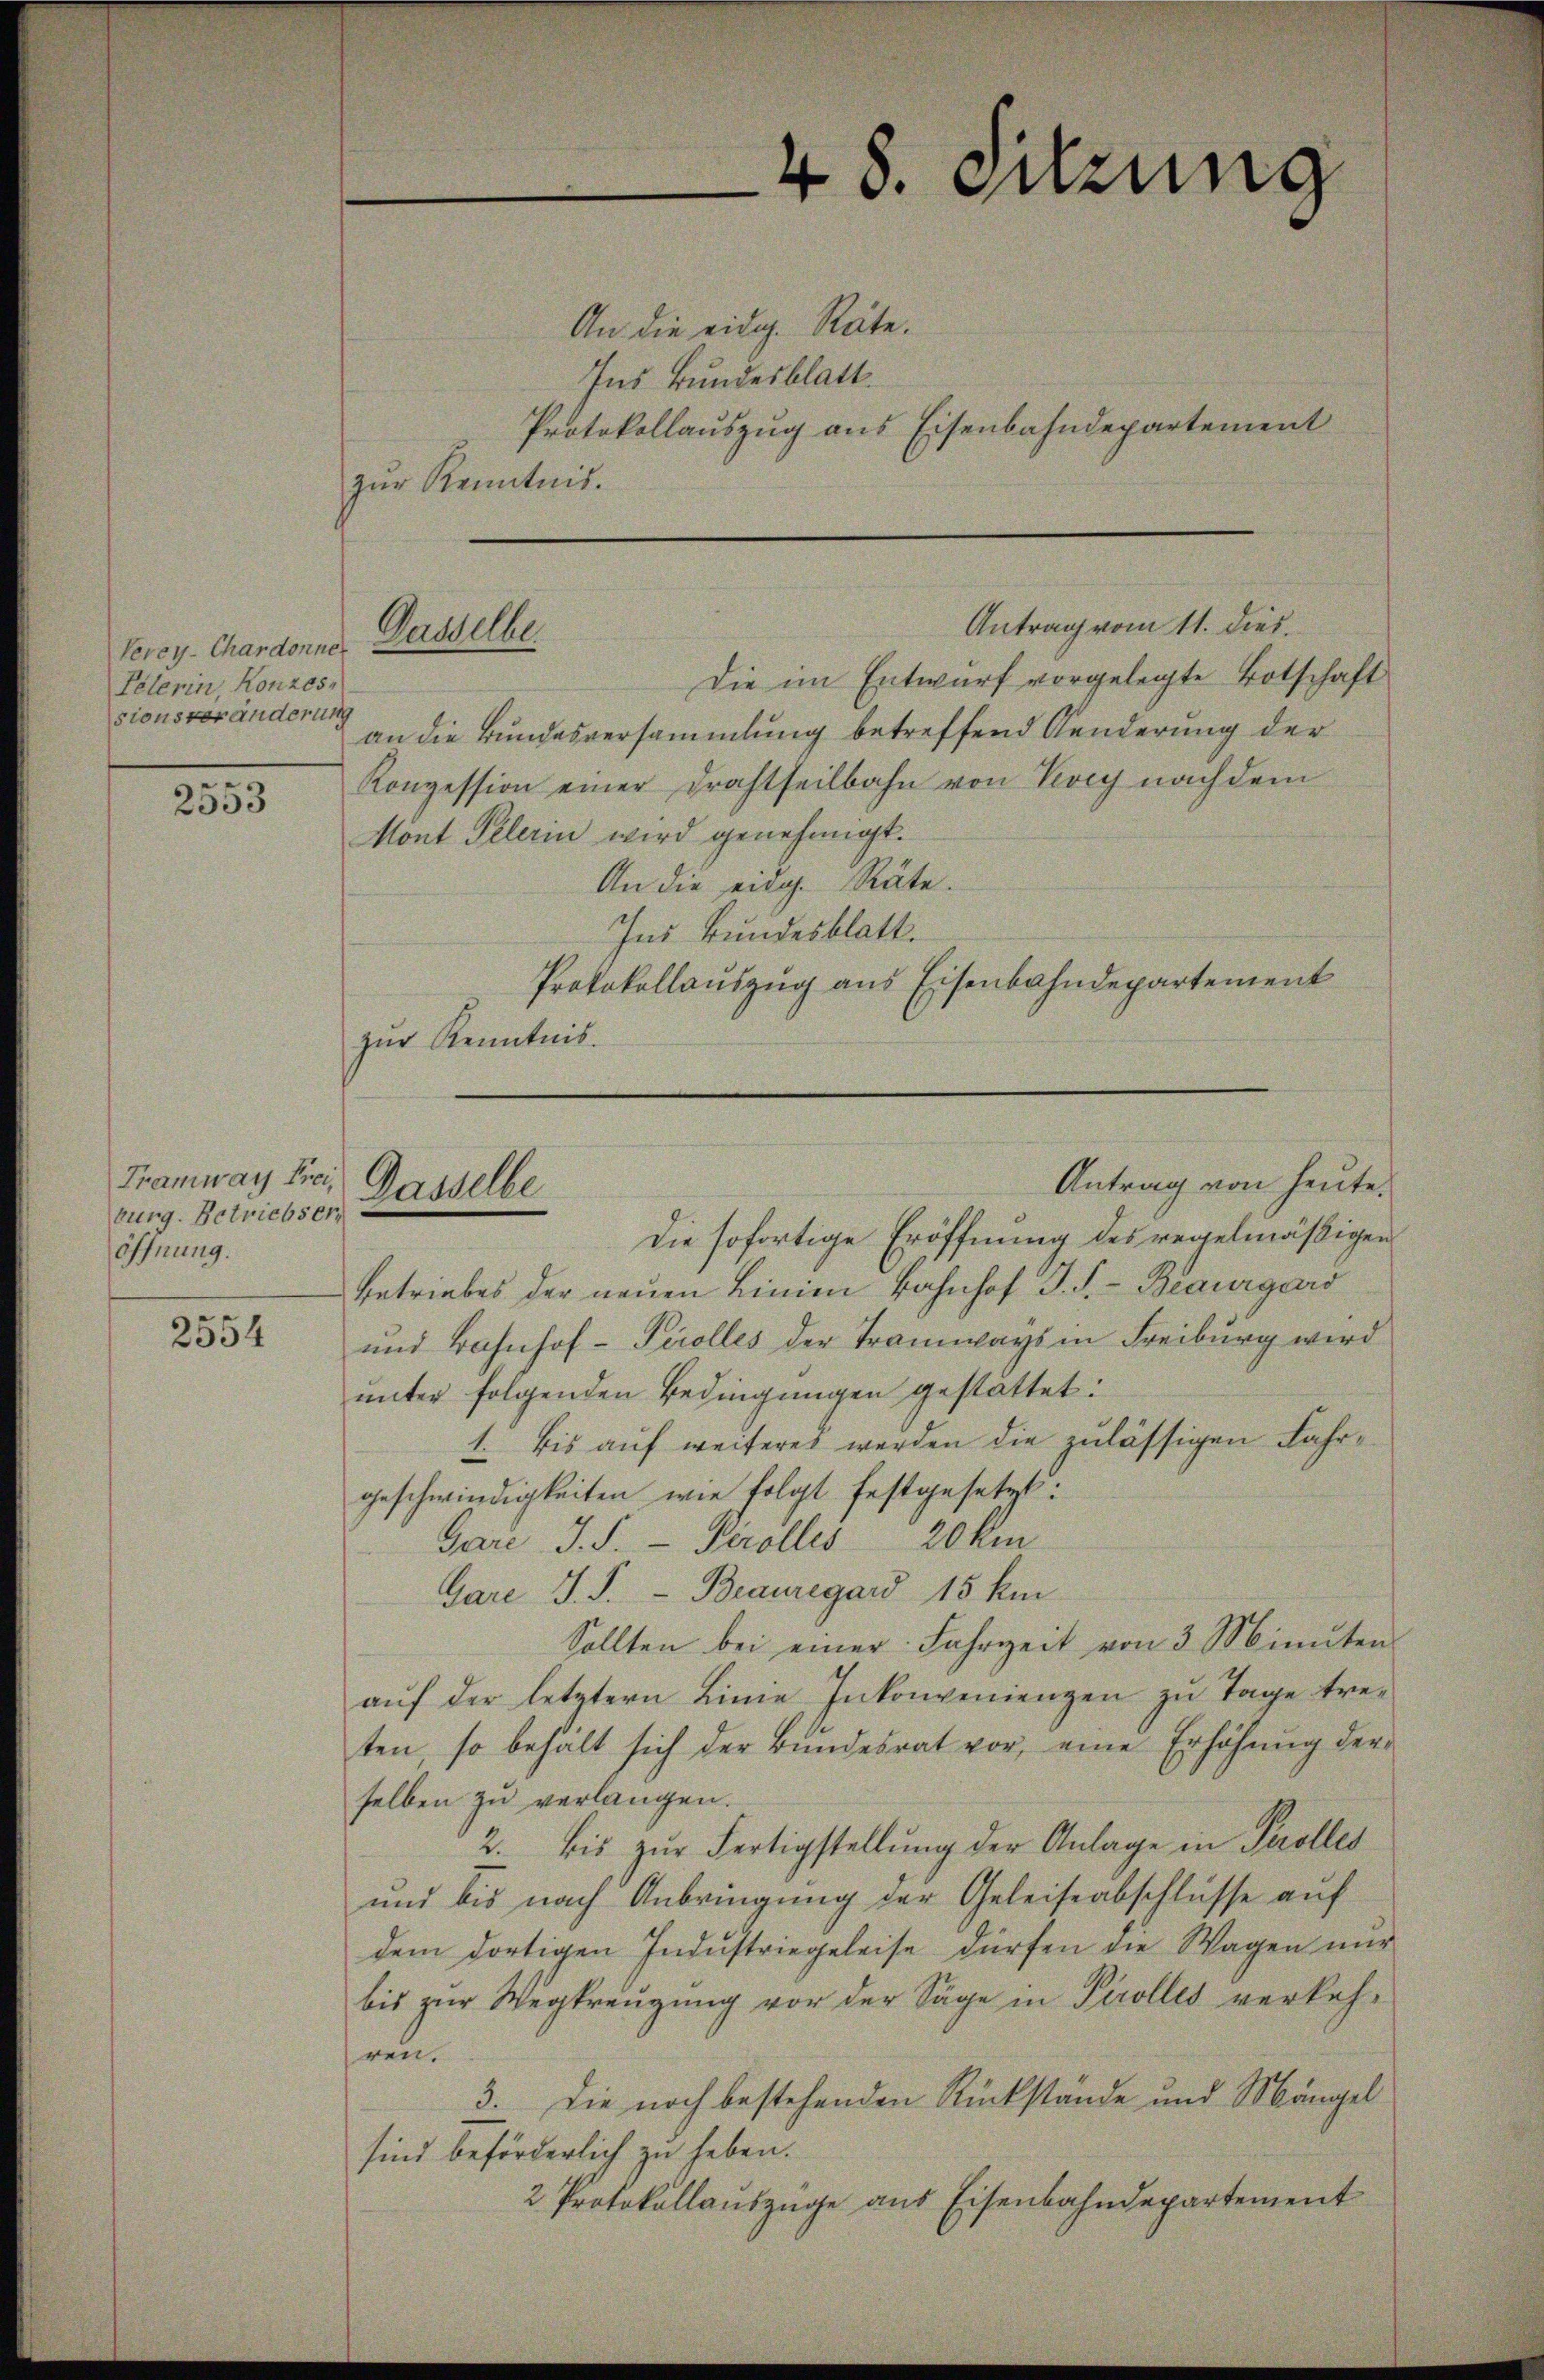
Perey-Chardonner
Pelerin, Konzes,
sionsveränderung

e
2533

Tramway Frei,
burg. Betriebser
öffnung.

2554

An die eidg. Räte.
Ins Bundesblatt.
Protokollauszug aus Eisenbahndepartement
zŭr Kenntnis.

Ganelle

Gaude

48. Setzung

Antrag vom 11. dies

Die sofortige Eröffnung des regelmäßigen
betriebes der neuen Linien Bahnhof I. S. - Beaurgard
und Bahnhof-Tirolles der Tramways in Freiburg wird
unter folgenden Bedingungen gestattet:
1. bis auf weiteres werden die zulässigen Fahrgeschwindigkeiten wie folgt festgesetzt:
Gare J. S. Perolles 20 km
Gare J. P. - Beauregard 15 km
Sollten bei einer Fahrzeit von 3 Minuten
auf der letztern Linie Inkonveniengen zu Tage treten, so behält sich der Bundesrat vor, eine Erhöhung der-
selben zu verlangen.
2. bis zŭr Fertigstellŭng der Anlage in Prolles
und bis nach Anbringung der Geleiseabschlüsse auf
dem dortigen Indŭstriegeleise dürfen die Wagen nŭr
bis zur Wegbreugung vor der Säge in Tirolles verkehren.
3. Die noch bestehenden Rückstände und Mängel
sind beförderlich zu heben.
2 Protokollauszüge aus Eisenbahndepartement

Antrag von heute.

Die im Entwurf vorgelegte Botschaft
an die Bundesversammlung betreffend Aenderung der
Konzession einer Drahtseitbahn von Vevey nach dem
Mont Pelerin wird genehmigt.
An die eidg. Räte.
Ind Bundesblatt.
Protokollauszug aus Eisenbahndepartement
zŭr Kenntnis.